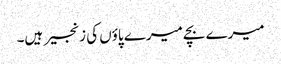
میرے بچے میرے پاؤں کی زنجیر ہیں۔